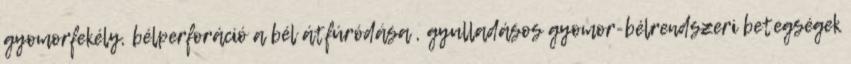
gyomorfekély, bélperforáció a bél átfúródása , gyulladásos gyomor-bélrendszeri betegségek